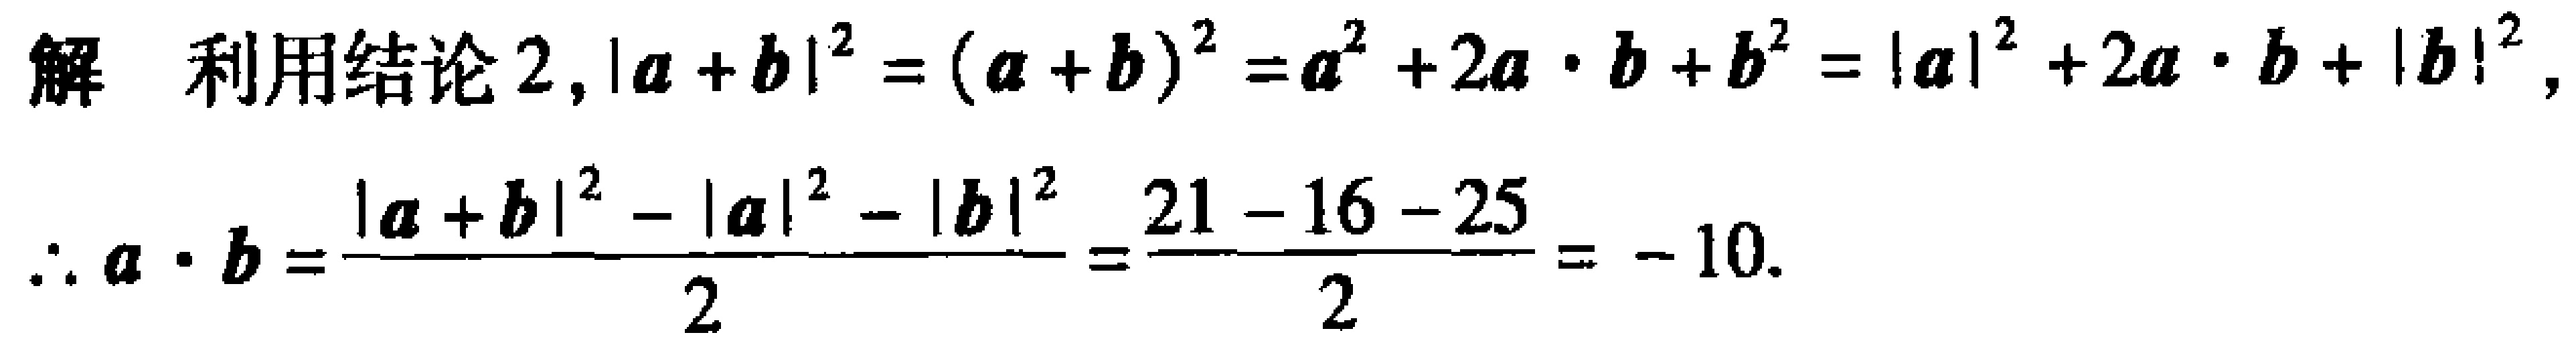
解 利用结论 2, \(|\boldsymbol{a}+\boldsymbol{b}|^{2}=(\boldsymbol{a}+\boldsymbol{b})^{2}=\boldsymbol{a}^{2}+2\boldsymbol{a}\cdot\boldsymbol{b}+\boldsymbol{b}^{2}=|\boldsymbol{a}|^{2}+2\boldsymbol{a}\cdot\boldsymbol{b}+|\boldsymbol{b}|^{2}\)，
\(\therefore \boldsymbol{a}\cdot\boldsymbol{b}=\frac{|\boldsymbol{a}+\boldsymbol{b}|^{2}-|\boldsymbol{a}|^{2}-|\boldsymbol{b}|^{2}}{2}=\frac{21 - 16 - 25}{2}=- 10\).